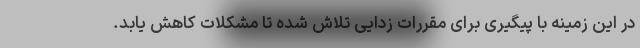
در این زمینه با پیگیری برای مقررات زدایی تلاش شده تا مشکلات کاهش یابد.